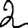
Digit: 2